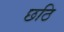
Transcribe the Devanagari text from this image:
छठि